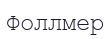
Фоллмер